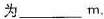
为___m.